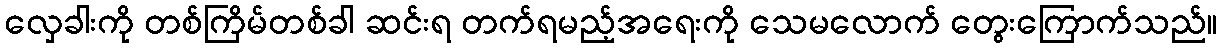
လှေခါးကို တစ်ကြိမ်တစ်ခါ ဆင်းရ တက်ရမည့်အရေးကို သေမလောက် တွေးကြောက်သည်။